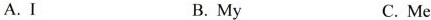
A.I B.My C.Me